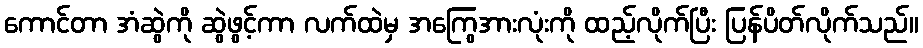
ကောင်တာ အံဆွဲကို ဆွဲဖွင့်ကာ လက်ထဲမှ အကြွေအားလုံးကို ထည့်လိုက်ပြီး ပြန်ပိတ်လိုက်သည်။